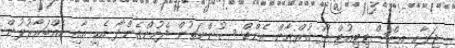
ޖަލާއި އިންސްޓިޓިއުޓް ފޯ ޤުރްޢާން އެންޑް ސުންނަތުން ދެމުންގެންދާ އެހީ އާއި އެއްބަރާރުލުން